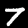
Digit: 7